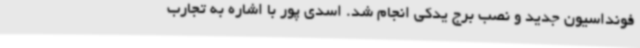
فونداسیون جدید و نصب برج یدکی انجام شد. اسدی پور با اشاره به تجارب